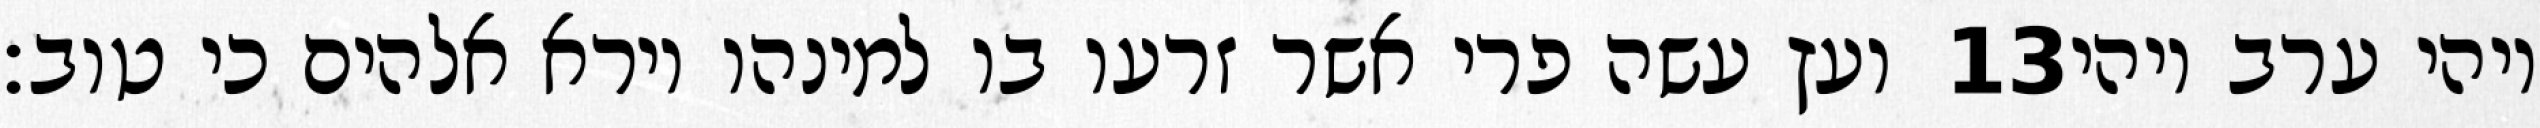
ועץ עשה פרי אשר זרעו בו למינהו וירא אלהים כי טוב׃ ‎13‏ ויהי ערב ויהי